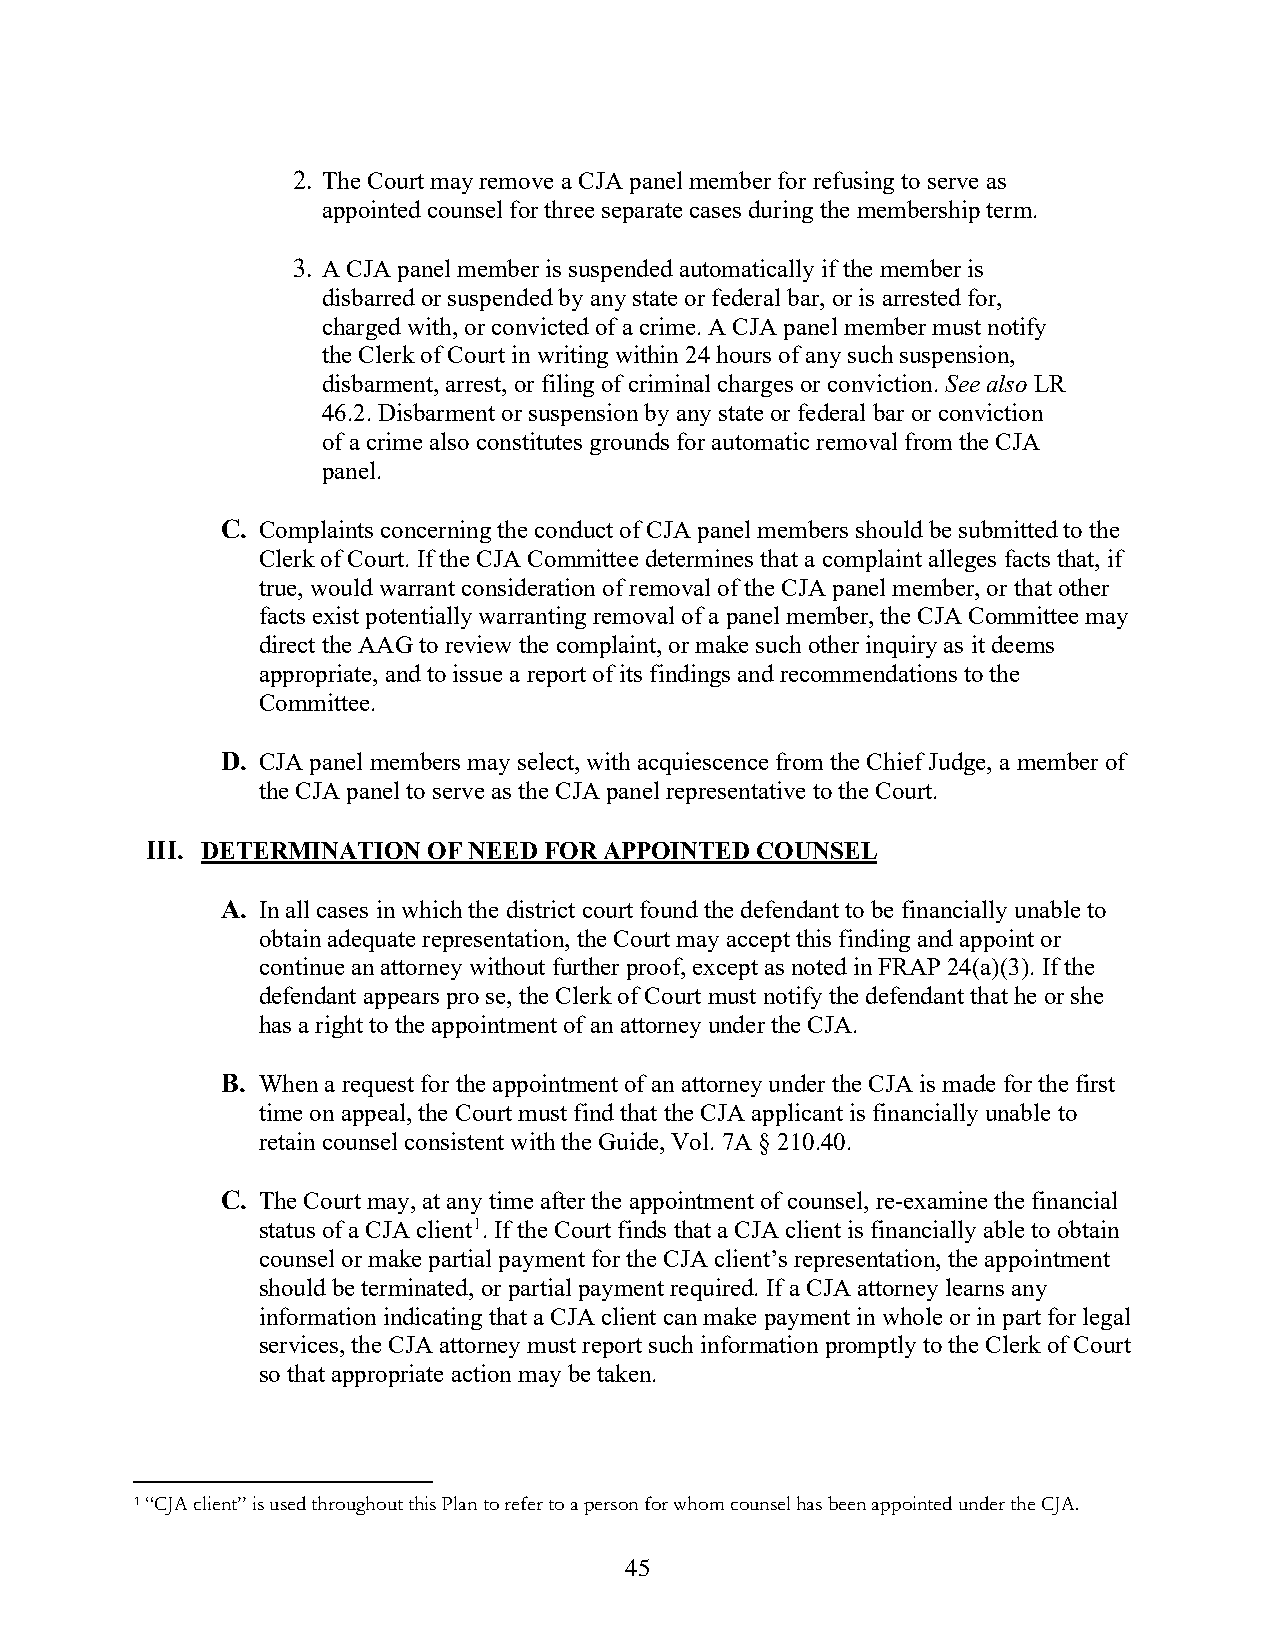
2. The Court may remove a CJA panel member for refusing to serve as
 appointed counsel for three separate cases during the membership term.
 3. A CJA panel member is suspended automatically if the member is
 disbarred or suspended by any state or federal bar, or is arrested for,
 charged with, or convicted of a crime. A CJA panel member must notify
 the Clerk of Court in writing within 24 hours of any such suspension,
 disbarment, arrest, or filing of criminal charges or conviction. See also LR
 46.2. Disbarment or suspension by any state or federal bar or conviction
 of a crime also constitutes grounds for automatic removal from the CJA
 panel.
 C. Complaints concerning the conduct of CJA panel members should be submitted to the
 Clerk of Court. If the CJA Committee determines that a complaint alleges facts that, if
 true, would warrant consideration of removal of the CJA panel member, or that other
 facts exist potentially warranting removal of a panel member, the CJA Committee may
 direct the AAG to review the complaint, or make such other inquiry as it deems
 appropriate, and to issue a report of its findings and recommendations to the
 Committee.
 D. CJA panel members may select, with acquiescence from the Chief Judge, a member of
 the CJA panel to serve as the CJA panel representative to the Court.
 III. DETERMINATION OF NEED FOR APPOINTED COUNSEL
 A. In all cases in which the district court found the defendant to be financially unable to
 obtain adequate representation, the Court may accept this finding and appoint or
 continue an attorney without further proof, except as noted in FRAP 24(a)(3). If the
 defendant appears pro se, the Clerk of Court must notify the defendant that he or she
 has a right to the appointment of an attorney under the CJA.
 B. When a request for the appointment of an attorney under the CJA is made for the first
 time on appeal, the Court must find that the CJA applicant is financially unable to
 retain counsel consistent with the Guide, Vol. 7A § 210.40.
 C. The Court may, at any time after the appointment of counsel, re-examine the financial
 status of a CJA client1. If the Court finds that a CJA client is financially able to obtain
 counsel or make partial payment for the CJA client’s representation, the appointment
 should be terminated, or partial payment required. If a CJA attorney learns any
 information indicating that a CJA client can make payment in whole or in part for legal
 services, the CJA attorney must report such information promptly to the Clerk of Court
 so that appropriate action may be taken.
 1 “CJA client” is used throughout this Plan to refer to a person for whom counsel has been appointed under the CJA.
 45